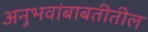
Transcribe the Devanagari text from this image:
अनुभवांबाबतीतील